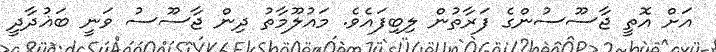
އަށް އޮތީ ޖާސޫސުންގެ ފަރާތުން ލިބިފައެވެ. މައުލޫމާތު ދިން ޖާސޫސު ވަނީ ބަޣުދާދީ